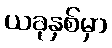
ယခုနှစ်မှာ